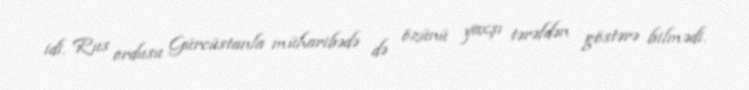
idi. Rus ordusu Gürcüstanla müharibədə də özünü yaxşı tərəfdən göstərə bilmədi.